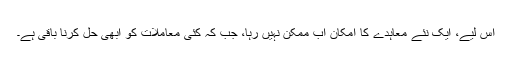
اس لیے، ایک نئے معاہدے کا امکان اب ممکن نہیں رہا، جب کہ کئی معاملات کو ابھی حل کرنا باقی ہے۔